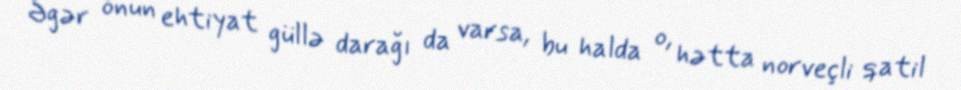
Əgər onun ehtiyat güllə darağı da varsa, bu halda o, hətta norveçli qatil